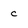
Character: c